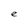
Character: e